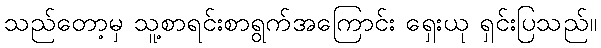
သည်တော့မှ သူ့စာရင်းစာရွက်အကြောင်း ရှေးယု ရှင်းပြသည်။